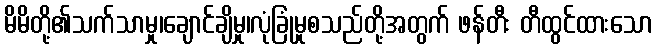
မိမိတို့၏သက်သာမှု၊ချောင်ချိမှု၊လုံခြုံမှုစသည်တို့အတွက် ဖန်တီး တီထွင်ထားသော